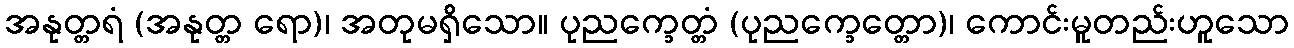
အနုတ္တရံ (အနုတ္တ ရော)၊ အတုမရှိသော။ ပုညက္ခေတ္တံ (ပုညက္ခေတ္တော)၊ ကောင်းမူတည်းဟူသော